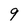
Character: 9